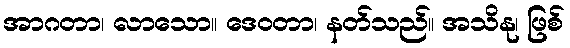
အာဂတာ၊ လာသော။ ဒေဝတာ၊ နတ်သည်။ အသိနု၊ ဖြစ်